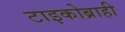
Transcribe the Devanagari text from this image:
टाइकोब्राही